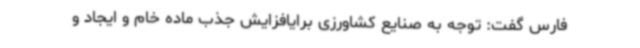
فارس گفت: توجه به صنایع کشاورزی برایافزایش جذب ماده خام و ایجاد و